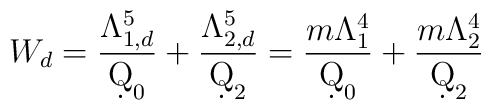
W_d = \frac{\Lambda_{1,d}^5}{\d Q_0} + \frac{\Lambda_{2,d}^5}{\d Q_2} =      \frac{m\Lambda_1^4}{\d Q_0} + \frac{m\Lambda_2^4}{\d Q_2}